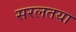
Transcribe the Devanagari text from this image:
सरलतया